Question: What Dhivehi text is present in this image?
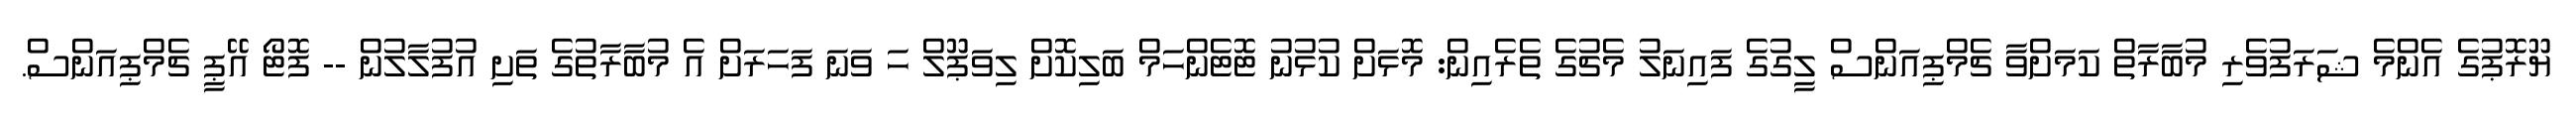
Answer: ޔޫރޮޕުގެ އެންމެ ޝަރަފުވެރި މުބާރާތް ކަމަށްވާ ޗެމްޕިއަންސް ލީގުގެ ފައިނަލު މެޗުގެ ތެރެއިން: މޮޅަށް ކުޅުނު ޓޮޓެންހަމް ބަލިކޮށް ލިވަޕޫލް ހަ ވަނަ ފަހަރަށް އެ މުބާރާތުގެ ތަށި އުފުލާލުން -- ފޮޓޯ އޭޕީ ޗެމްޕިއަންސް.